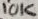
Text: 10K